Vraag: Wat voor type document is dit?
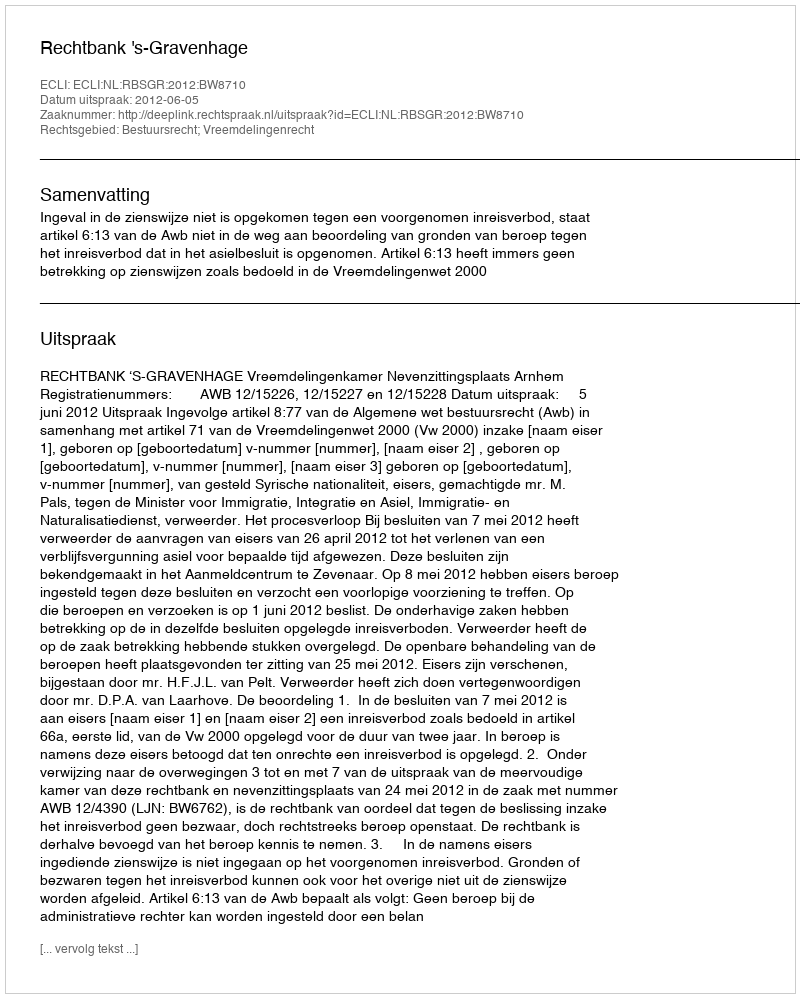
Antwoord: Uitspraak